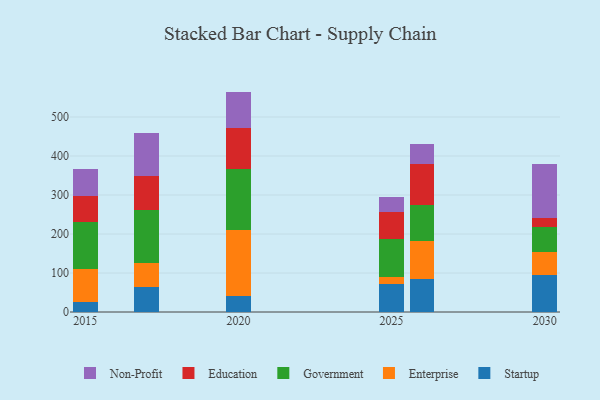
{"axis": {"x": "Year", "y": "Satisfaction Score"}, "legend": ["Education", "Enterprise", "Government", "Non-Profit", "Startup"], "data": [{"x": "2015", "y": 24.6, "type": "Startup"}, {"x": "2015", "y": 85.5, "type": "Enterprise"}, {"x": "2015", "y": 119.8, "type": "Government"}, {"x": "2015", "y": 68.5, "type": "Education"}, {"x": "2015", "y": 67.9, "type": "Non-Profit"}, {"x": "2017", "y": 62.9, "type": "Startup"}, {"x": "2017", "y": 63.1, "type": "Enterprise"}, {"x": "2017", "y": 135.8, "type": "Government"}, {"x": "2017", "y": 87.0, "type": "Education"}, {"x": "2017", "y": 110.1, "type": "Non-Profit"}, {"x": "2025", "y": 72.3, "type": "Startup"}, {"x": "2025", "y": 16.6, "type": "Enterprise"}, {"x": "2025", "y": 97.9, "type": "Government"}, {"x": "2025", "y": 70.6, "type": "Education"}, {"x": "2025", "y": 37.5, "type": "Non-Profit"}, {"x": "2020", "y": 40.6, "type": "Startup"}, {"x": "2020", "y": 169.3, "type": "Enterprise"}, {"x": "2020", "y": 155.7, "type": "Government"}, {"x": "2020", "y": 105.2, "type": "Education"}, {"x": "2020", "y": 94.3, "type": "Non-Profit"}, {"x": "2026", "y": 84.9, "type": "Startup"}, {"x": "2026", "y": 96.4, "type": "Enterprise"}, {"x": "2026", "y": 92.0, "type": "Government"}, {"x": "2026", "y": 105.8, "type": "Education"}, {"x": "2026", "y": 51.7, "type": "Non-Profit"}, {"x": "2030", "y": 95.6, "type": "Startup"}, {"x": "2030", "y": 58.8, "type": "Enterprise"}, {"x": "2030", "y": 62.8, "type": "Government"}, {"x": "2030", "y": 25.0, "type": "Education"}, {"x": "2030", "y": 137.4, "type": "Non-Profit"}]}